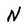
Character: N